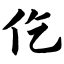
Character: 仡